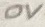
Text: 0V